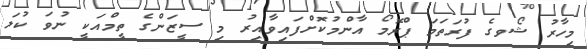
މިހާރު ޝޯވގެ ފުރަތަމަ ޕްރޮމޯ އާންމުކޮށްފައިވާއިރު މި ސީޒަންގެ ތީމްއަކީ ނުވަ ކުލަ